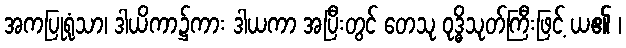
အကပြုရုံသာ၊ ဒါယိကာ၌ကား ဒါယကာ အပြီးတွင် တေသု ဝုဒ္ဓိသုတ်ကြီးဖြင့် ယ၏ ၊